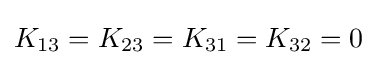
K_{13}=K_{23}=K_{31}=K_{32}=0